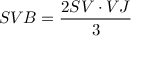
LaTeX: S V B = { \frac { 2 S V \cdot V J } { 3 } }